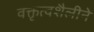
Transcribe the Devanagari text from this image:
वक्तृत्वशैलीने